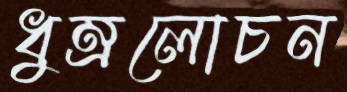
ধুম্রলোচন